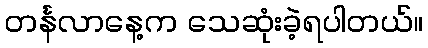
တင်္နလာနေ့က သေဆုံးခဲ့ရပါတယ်။